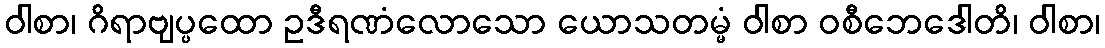
ဝါစာ၊ ဂိရာဗျပ္ပထော ဥဒီရဏံလောသော ယောသတမ္မံ ဝါစာ ဝစီဘေဒေါတိ၊ ဝါစာ၊